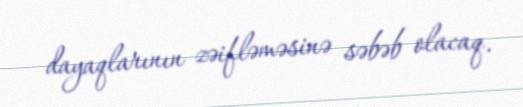
dayaqlarının zəifləməsinə səbəb olacaq.